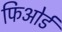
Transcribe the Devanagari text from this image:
फिओर्ड